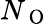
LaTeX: N_{\mathrm{~O~}}